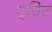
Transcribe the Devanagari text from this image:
ट्‌विट